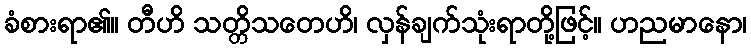
ခံစားရာ၏။ တီဟိ သတ္တိသတေဟိ၊ လှန်ချက်သုံးရာတို့ဖြင့်။ ဟညမာနော၊